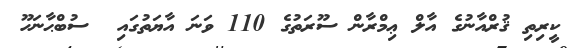
ކީރިތި ޤުރްއާނުގެ އާލް ޢިމްރާން ސޫރަތުގެ 110 ވަނަ އާޔަތުގައި  ސުބްޙާނަހޫ